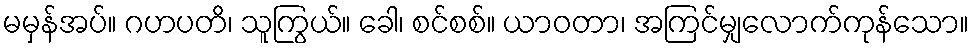
မမှန်အပ်။ ဂဟပတိ၊ သူကြွယ်။ ခေါ၊ စင်စစ်။ ယာဝတာ၊ အကြင်မျှလောက်ကုန်သော။